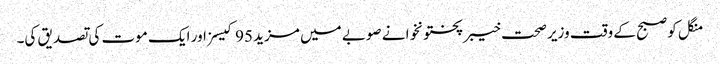
منگل کو صبح کے وقت وزیر صحت خیبرپختونخوا نے صوبے میں مزید 95 کیسز اور ایک موت کی تصدیق کی۔